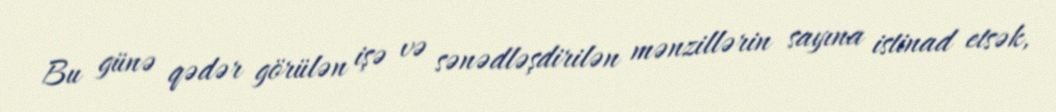
Bu günə qədər görülən işə və sənədləşdirilən mənzillərin sayına istinad etsək,